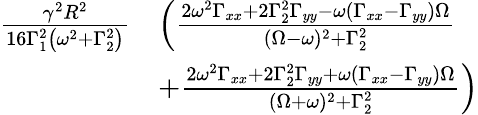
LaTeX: \begin{array}{rl}{\frac{\gamma^{2}R^{2}}{16\Gamma_{1}^{2}\left(\omega^{2}+\Gamma_{2}^{2}\right)}}&{\left(\frac{2\omega^{2}\Gamma_{xx}+2\Gamma_{2}^{2}\Gamma_{yy}-\omega(\Gamma_{xx}-\Gamma_{yy})\Omega}{(\Omega-\omega)^{2}+\Gamma_{2}^{2}}\right.}\\ &{\left.+\frac{2\omega^{2}\Gamma_{xx}+2\Gamma_{2}^{2}\Gamma_{yy}+\omega(\Gamma_{xx}-\Gamma_{yy})\Omega}{(\Omega+\omega)^{2}+\Gamma_{2}^{2}}\right)}\end{array}